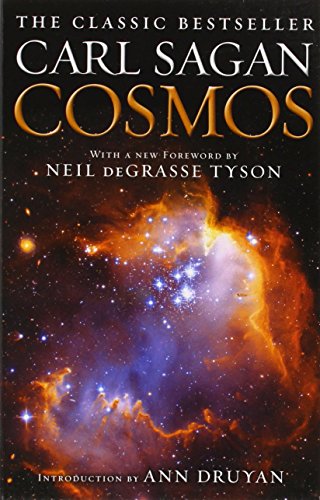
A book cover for Cosmos; Carl Sagan; Science & Math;